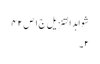
شواہد التنزیل ج١ ص ٤٢
٢۔